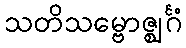
သတိသမ္ဗောဇ္ဈင်္ဂံ